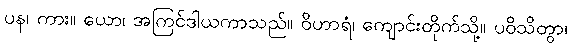
ပန၊ ကား။ ယော၊ အကြင်ဒါယကာသည်။ ဝိဟာရံ၊ ကျောင်းတိုက်သို့။ ပဝိသိတွာ၊